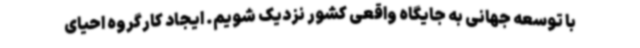
با توسعه جهانی به جایگاه واقعی کشور نزدیک شویم. ایجاد کارگروه احیای